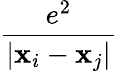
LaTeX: \frac{e^{2}}{|\mathbf{x}_{i}-\mathbf{x}_{j}|}